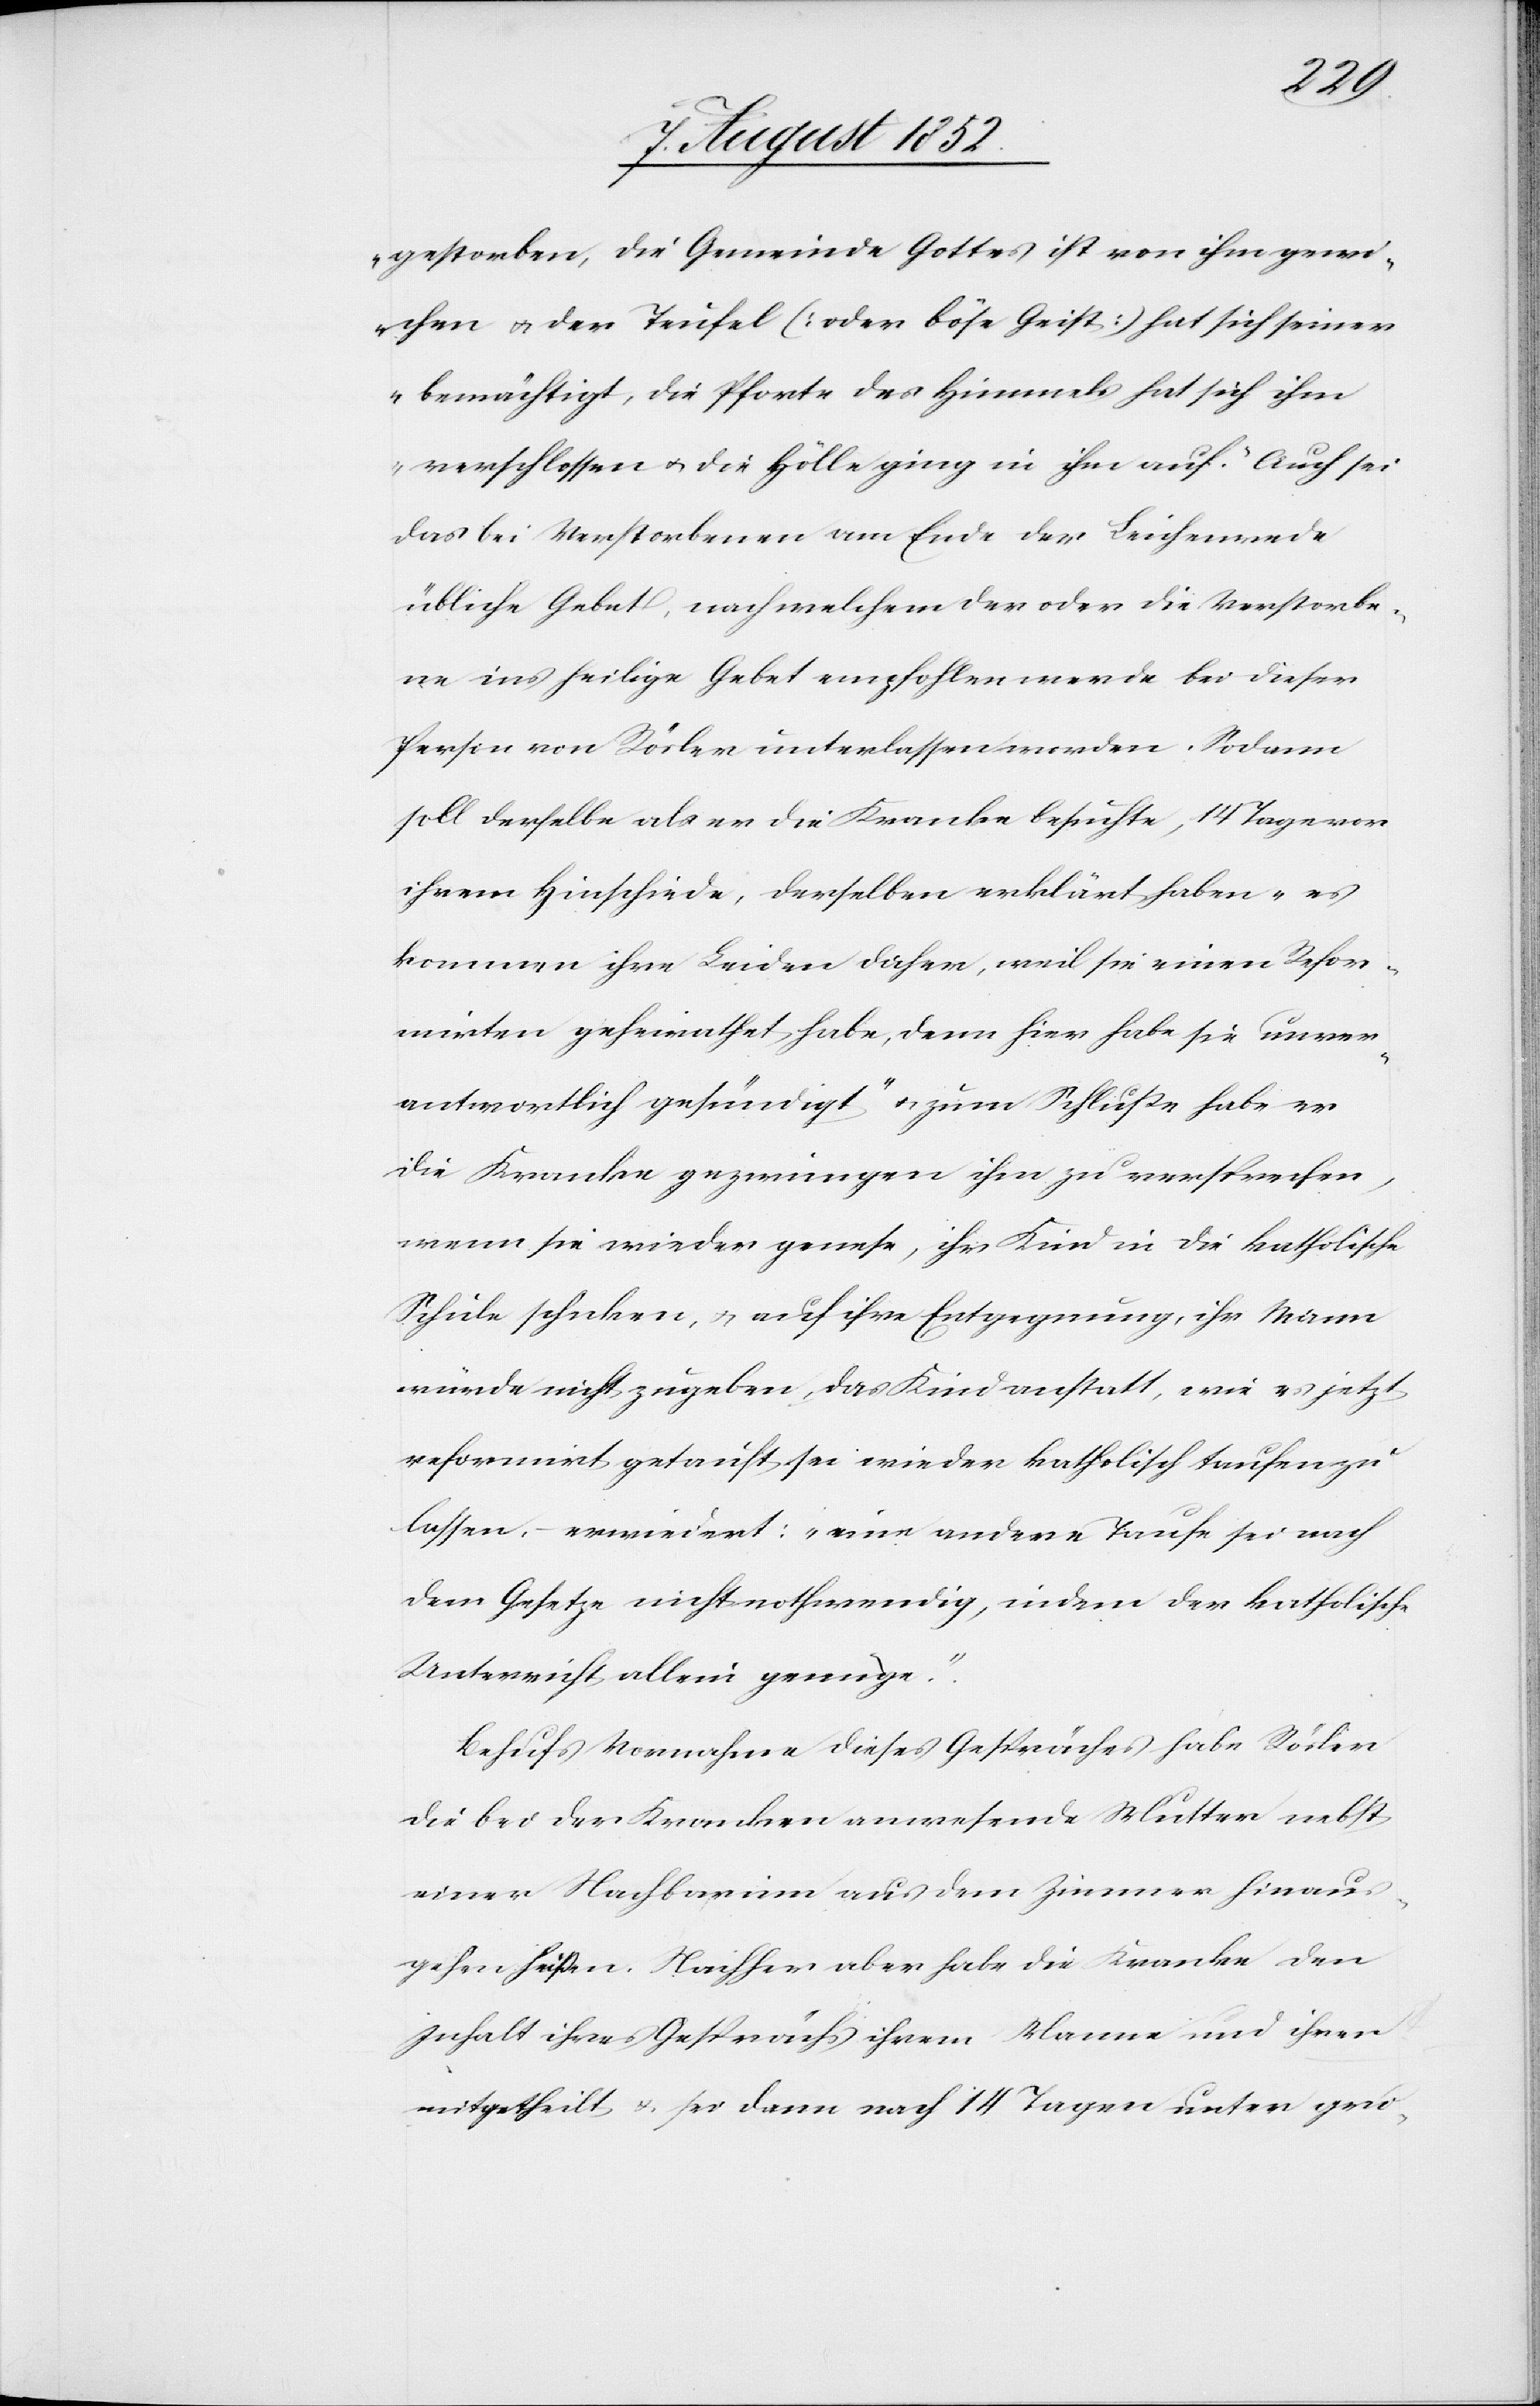
gestorben, die Gemeinde Gottes ist von ihm gewi¬
chen & der Teufel (oder böse Geist) hat sich seiner
bemächtigt, die Pforte des Himmels hat sich ihm
verschlossen & die Hölle ging in ihm auf.“ Auch sei
das bei Verstorbenen am Ende der Leichenrede
übliche Gebet, nach welchem der oder die Verstorbe¬
ne ins heilige Gebet empfohlen werde bei dieser
Person von Rösler unterlassen worden. Sodann
soll derselbe als er die Kranke besuchte, 14 Tage vor
ihrem Hinschiede, derselben erklärt haben „es
kommen ihre Leiden daher, weil sie einen Refor¬
mirten geheirathet habe, denn hier habe sie unver¬
antwortlich gesündigt“ & zum Schluße habe er
die Kranke gezwungen ihm zu versprechen,
wenn sie wieder genese, ihr Kind in die katholische
Schule schicken, & auf ihre Entgegnung, ihr Mann
würde nicht zugeben, das Kind anstatt, wie es jetzt
reformirt getauft sei wieder katholisch taufen zu
lassen. – erwiedert: „eine andere Taufe sei nach
dem Gesetze nicht nothwendig, indem der katholische
Unterricht allein genüge.“.
Behufs Vornahme dieses Gespräches habe Rösler
die bei der Kranken anwesende Mutter nebst
einer Nachbarinn aus dem Zimmer hinaus¬
gehen heißen. Nachher aber habe die Kranke den
Inhalt ihres Gesprächs ihrem Manne und ihnen
mitgetheilt & sei dann nach 14 Tagen unter gro-